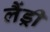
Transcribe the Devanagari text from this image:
लैंड्री